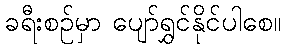
ခရီးစဉ်မှာ ပျော်ရွှင်နိုင်ပါစေ။